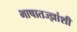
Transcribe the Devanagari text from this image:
भाषातज्ज्ञांशी